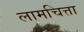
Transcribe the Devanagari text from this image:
लामचित्ता